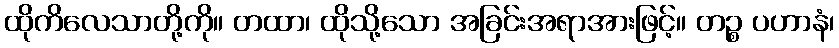
ထိုကိလေသာတို့ကို။ တထာ၊ ထိုသို့သော အခြင်းအရာအားဖြင့်။ တဉ္စ ပဟာနံ၊